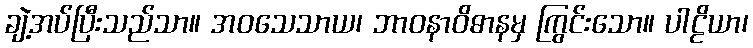
ချဲ့အပ်ပြီးသည်သာ။ အဝသေသာယ၊ ဘာဝနာဝိဓာနမှ ကြွင်းသော။ ပါဠိယာ၊